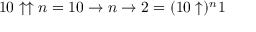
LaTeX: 1 0 \uparrow \uparrow n = 1 0 \to n \to 2 = ( 1 0 \uparrow ) ^ { n } 1